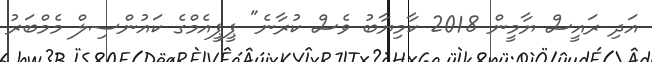
އަދި ރައީސް ޔާމީން 2018 ކާމިޔާބު ވެސް ކުރާނެ" ޕީޕީއެމްގެ ކައުންސިލް މެމްބަރު